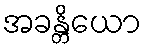
အခန္တိယော